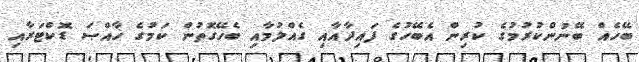
ބޭހެއް ބޭނުންކުރުމުގެ ކުރިން އެބޭހުގެ ފައިދާއާއި ގެއްލުމާއި ބެހޭގޮތުން ކަމުގެ ޚާއްޞަ ޑޮކްޓަރާއި